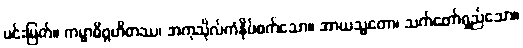
မင်းမြတ်။ ကမ္မာဓိဂ္ဂဟိတဿ၊ အကုသိုလ်ကံနှိပ်စက်သော။ အာယသ္မတော၊ သက်တော်ရှည်သော။